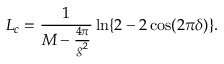
L _ { c } = \frac { 1 } { M - \frac { 4 \pi } { g ^ { 2 } } } \ln \{ 2 - 2 \cos ( 2 \pi \delta ) \} .